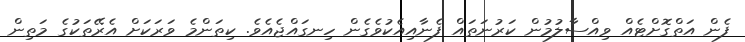
ފެން އަތްގޮށްޓެއް ވިއްސާލުމުން ކަރުނަތައް ފެނާއިއެކުވެގެން ހިނގައްޖެއެވެ. ކިތަންމެ ވަރަކަށް އެރޭތަކުގެ މަތިން